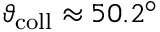
\vartheta _ { \mathrm { c o l l } } \approx 5 0 . 2 ^ { \circ }